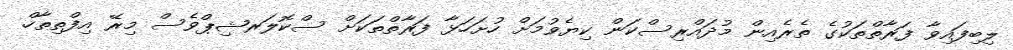
ލިބިފައިވާ ފަރާތްތަކުގެ ތެރެއިން މުދައްރިސްކަން ކިޔެވުމަށް ހުށަހަޅާ ފަރާތްތަކަށް ސްކޮލަރޝިޕްވެސް މިރޭ އިފްތިތާހް